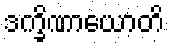
ဒက္ခိဏာယောတိ